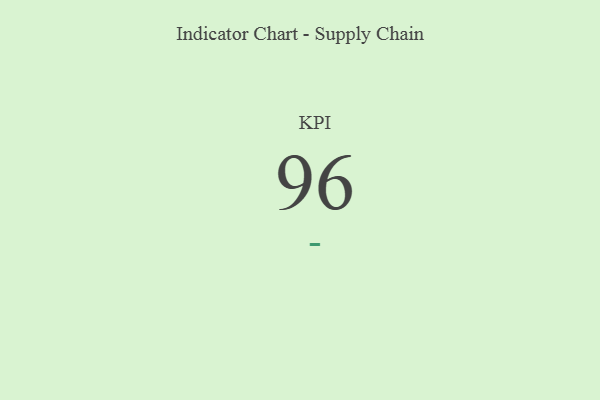
{"axis": {"x": "KPI", "y": "Value"}, "legend": [""], "data": [{"x": "KPI", "y": 96, "type": ""}]}